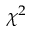
\chi ^ { 2 }